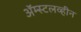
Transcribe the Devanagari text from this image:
ॲम्स्टलव्हीन